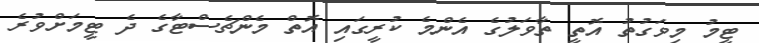
ޓީމު މިވަގުތު އޮތީ ތާވަލުގެ އެންމެ ކުރީގައި އޮތް މެންޗެސްޓާގެ ދެ ޓީމަށްވުރެ